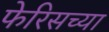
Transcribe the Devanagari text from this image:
फेरिसच्या